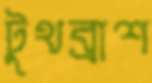
টুথব্রাশ